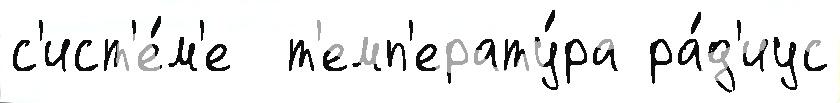
с'ист'е́м'е  т'емп'ерату́ра ра́д'иус